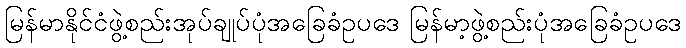
မြန်မာနိုင်ငံဖွဲ့စည်းအုပ်ချုပ်ပုံအခြေခံဥပဒေ မြန်မာ့ဖွဲ့စည်းပုံအခြေခံဥပဒေ